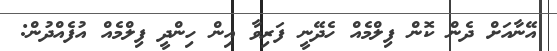
އޭނާއަށް ދެން ކޮން ފިލްމެއް ހެދޭނީ ފަރިވާ އިން ހިންދީ ފިލްމެއް އުފެއްދުން: